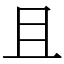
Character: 且